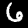
Digit: 6